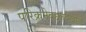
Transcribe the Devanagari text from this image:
परिक्रमेबद्दलदेखील